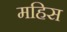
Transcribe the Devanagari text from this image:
महिस